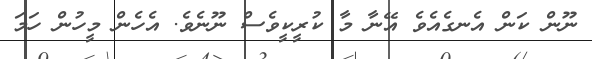
ނޫން ކަން އެނގެއެވެ އޭނާ މާ ކުރީކީވެސް ނޫނެވެ. އެހެން މީހުން ހަމަ